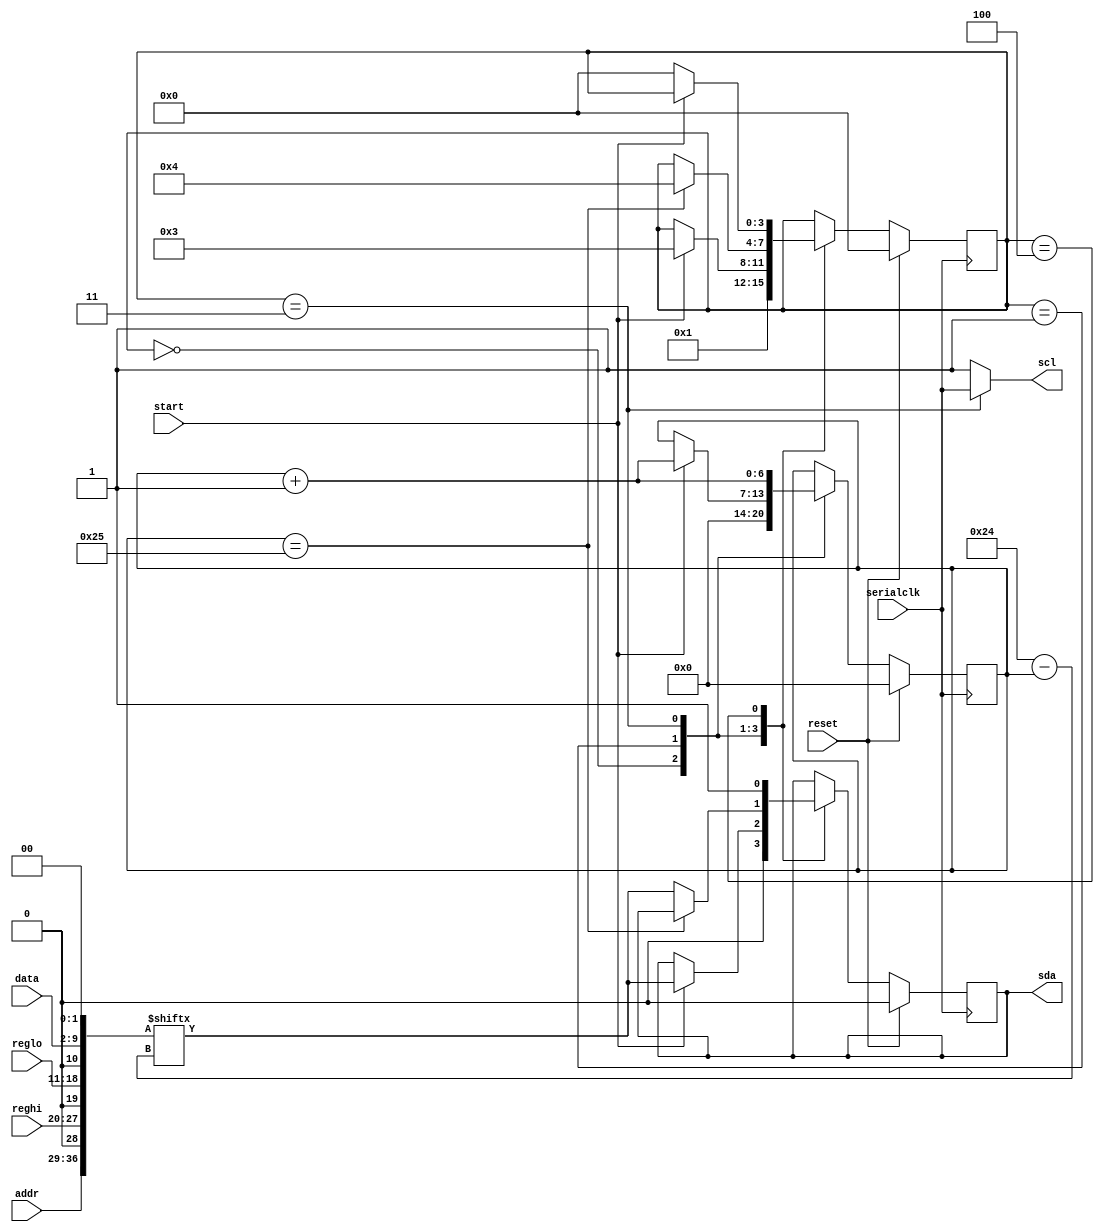
`timescale 1ns / 1ps
//////////////////////////////////////////////////////////////////////////////////
// Company: 
// Engineer: 
// 
// Design Name: 
// Module Name: adau1761i2c
// Project Name: 
// Target Devices: 
// Tool Versions: 
// Description: 
// 
// Dependencies: 
// 
// Revision:
// Revision 0.01 - File Created
// Additional Comments:
// 
//////////////////////////////////////////////////////////////////////////////////

// This implements a highly modified i2c protocol which is meant just for the adau1761
// there is no slave response, the input is always 35 bits, and there is no ACK check
//

module adau1761i2c(
input wire reset,
input wire serialclk,
input wire start,
input wire[7:0] addr, reghi, reglo, data,
//input wire[34:0] data,
output reg scl,
output reg sda
    );
     parameter DATACOUNT=36;
     parameter RESET_STATE=3'b000;
     parameter WAITFOR_START_STATE=3'b001;
     parameter OUTPUT_STATE=3'b011;
     parameter WAITFOR_NOSTART=3'b100;
     parameter END_CONDITION=3'b110;
     reg [3:0] curstate=RESET_STATE;
     reg [6:0] count=DATACOUNT;
     
     //heres the hack!
     wire[36:0] outdata = {addr[7:0], 1'b0, reghi[7:0], 1'b0, reglo[7:0], 1'b0, data[7:0], 1'b0, 1'b0};
     
     //scl idles high
    always @*
     begin
         if (curstate==OUTPUT_STATE)
             scl=serialclk;
         else
             scl=1;
     end
     
     always @(negedge serialclk)
     begin
        if (reset)
            begin
            curstate <= RESET_STATE;
            count<=0;
            sda<=0;
            end
        else
            begin
                case(curstate)
                RESET_STATE:
                    begin
                    count<=0;
                    curstate<=WAITFOR_START_STATE;
                    sda<=0;
                    end
                WAITFOR_START_STATE:
                    begin
                        if (start)
                            begin
                            curstate<=OUTPUT_STATE;
                            count<=count+1;
                            sda<=outdata[DATACOUNT-count];
                            end
                    end
                OUTPUT_STATE:
                    begin
                        count<=count+1;
                        if (count==(DATACOUNT+1))
                            begin
                                curstate<=WAITFOR_NOSTART;
                            end
                        else
                            begin
                                sda<=outdata[DATACOUNT-count];
                            end
                     end
                WAITFOR_NOSTART:
                    begin
                        //at this point scl is already high
                        //so make sda high now
                        sda<=1;
                        if (~start)
                            curstate<=RESET_STATE;
                    end
                endcase
            end
     end
endmodule